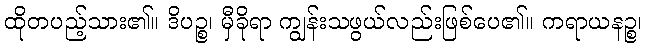
ထိုတပည့်သား၏။ ဒိပဉ္စ၊ မှီခိုရာ ကျွန်းသဖွယ်လည်းဖြစ်ပေ၏။ ကရာယနဉ္စ၊